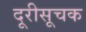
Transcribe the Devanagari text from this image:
दूरीसूचक